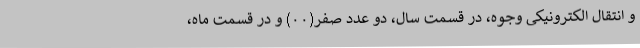
و انتقال الکترونیکی وجوه، در قسمت سال، دو عدد صفر(۰۰) و در قسمت ماه،